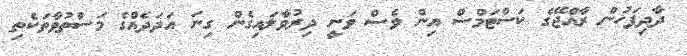
ދާދިފަހުން ރާއްޖޭގެ ކަސްޓަމްސް އިން ވެސް ވަނީ ދިރުވާލައިގެން ގިނަ އަދަދެއްގެ މަސްތުވާތަކެތި